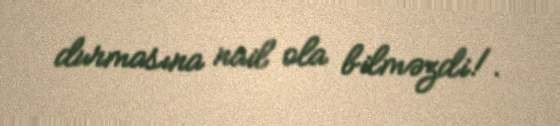
durmasına nail ola bilməzdi!.